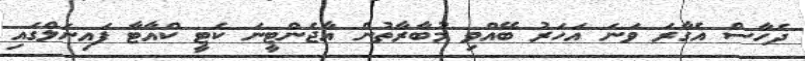
ދެހާސް އެގާރަ ވަނަ އަހަރު ބޭއްވި މުބާރާތުން އާޖެންޓީނަ ކެޓީ ކްއާޓާ ފައިނަލްގައި